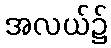
အလယ်၌